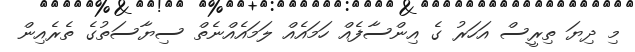
މި ދިޔަ ތިރީސް އަހަރު ގެ އިންސާފެއް ހަމައެއް ލަމައެއްނެތް ސިޔާސަތުގެ ތެރެއިން